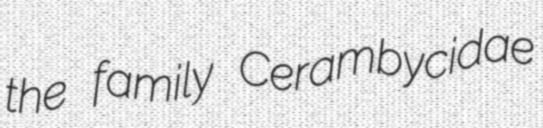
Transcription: the family Cerambycidae